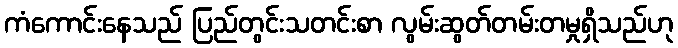
ကံကောင်းနေသည် ပြည်တွင်းသတင်းစာ လွမ်းဆွတ်တမ်းတမှုရှိသည်ဟု